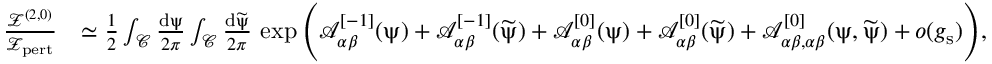
\begin{array} { r l } { \frac { { \mathscr Z } ^ { ( 2 , 0 ) } } { { \mathscr Z } _ { \mathrm { p e r t } } } } & { \simeq \frac { 1 } { 2 } \int _ { { \mathcal C } } \frac { \mathrm { d } \uppsi } { 2 \pi } \int _ { { \mathcal C } } \frac { \mathrm { d } \widetilde { \uppsi } } { 2 \pi } \, \exp \Bigg ( { \mathcal A } _ { \alpha \beta } ^ { [ - 1 ] } ( \uppsi ) + { \mathcal A } _ { \alpha \beta } ^ { [ - 1 ] } ( \widetilde { \uppsi } ) + { \mathcal A } _ { \alpha \beta } ^ { [ 0 ] } ( \uppsi ) + { \mathcal A } _ { \alpha \beta } ^ { [ 0 ] } ( \widetilde { \uppsi } ) + { \mathcal A } _ { \alpha \beta , \alpha \beta } ^ { [ 0 ] } ( \uppsi , \widetilde { \uppsi } ) + o ( g _ { \mathrm { s } } ) \Bigg ) , } \end{array}